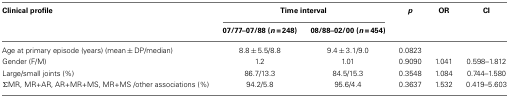
<table><thead><tr><td><b>Clinical profile</b></td><td colspan="2"><b>Time interval</b></td><td><b><i>p</i></b></td><td><b>OR</b></td><td><b>CI</b></td></tr><tr><td>[EMPTY_CELL]</td><td><b>07/77–07/88 (<i>n</i> = 248)</b></td><td><b>08/88–02/00 (<i>n</i> = 454)</b></td><td>[EMPTY_CELL]</td></tr></thead><tbody><tr><td>Age at primary episode (years) (mean ± DP/median)</td><td>8.8 ± 5.5/8.8</td><td>9.4 ± 3.1/9.0</td><td>0.0823</td><td>[EMPTY_CELL]</td><td>[EMPTY_CELL]</td></tr><tr><td>Gender (F/M)</td><td>1.2</td><td>1.01</td><td>0.9090</td><td>1.041</td><td>0.598–1.812</td></tr><tr><td>Large/small joints (%)</td><td>86.7/13.3</td><td>84.5/15.3</td><td>0.3548</td><td>1.084</td><td>0.744–1.580</td></tr><tr><td>ΣMR, MR+AR, AR+MR+MS, MR+MS /other associations (%)</td><td>94.2/5.8</td><td>95.6/4.4</td><td>0.3637</td><td>1.532</td><td>0.419–5.603</td></tr></tbody></table>